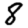
Digit: 8